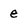
Character: e